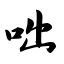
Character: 咄